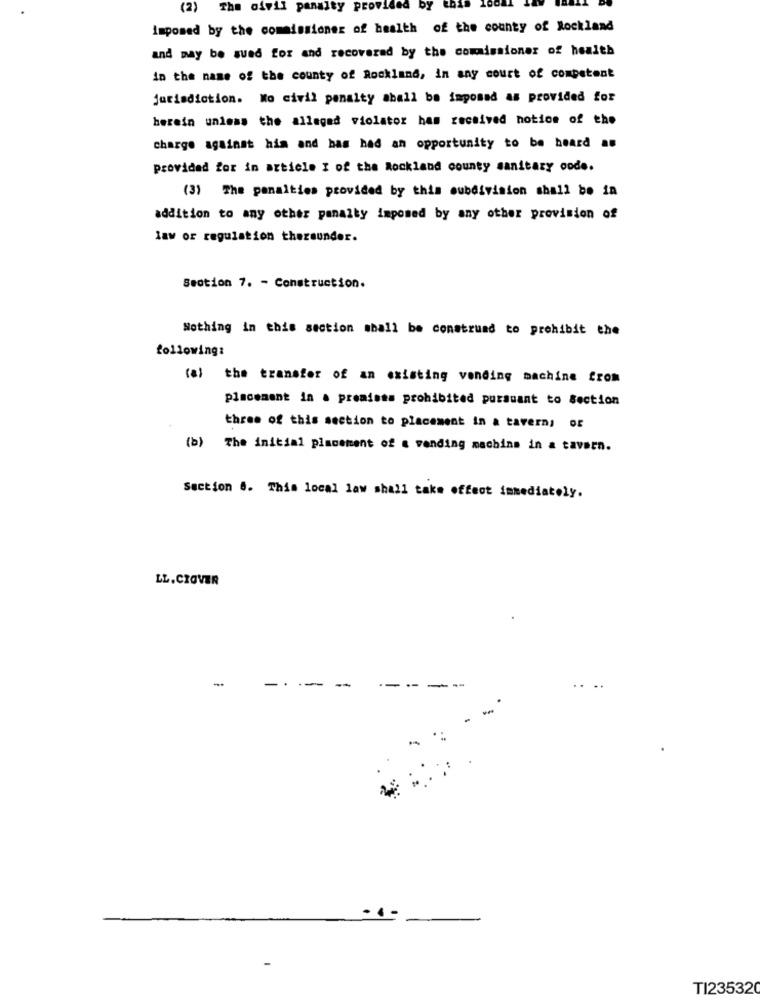
) The civil panalty provided by
Imposed by the commissioner of health of the county of Rockland
and may be sued for and recovered by the commissioner of health
in the name of the county of Rockland, in any court of competent
jurisdiction. Wo civil penalty aball be imposed as provided for
herein unless the alleged violator has received notice of the
charge against him and has had an opportunity to be heard an
Provided for in article I of the Rockland county sanitary code.
(3) The penalties provided by this subdivision shall be in
addition to any other panalty imposed by any other provision of
law or regulation thereunder.
Seotion 7. - Construction.
Nothing in this section shall be construed to prohibit the
following:
(a) the transfer of an existing vending machine from
placement in a preaioss prohibited pursuant to Section
three of this section to placement in a tavern, DE
(b) The initial placement of a vending machine in a tavern.
Section 8. This local law shall take effect immediately.
LL. CIOVER
..
-
-
T123532